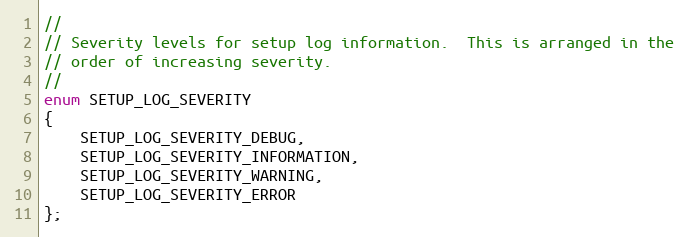
Language: C
//
// Severity levels for setup log information.  This is arranged in the
// order of increasing severity.
//
enum SETUP_LOG_SEVERITY
{
    SETUP_LOG_SEVERITY_DEBUG,
    SETUP_LOG_SEVERITY_INFORMATION,
    SETUP_LOG_SEVERITY_WARNING,
    SETUP_LOG_SEVERITY_ERROR
};